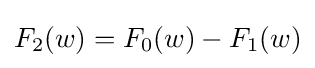
F_{2}(w)=F_{0}(w)-F_{1}(w)